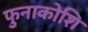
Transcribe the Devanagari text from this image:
फुनाकोशि